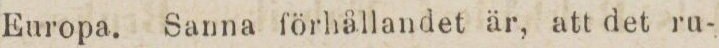
Europa. Sanna förhållandet är, att det ru-